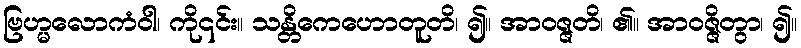
ဗြဟ္မလောကံဝါ၊ ကို၎င်း။ သန္တိကေဟောတူတိ၊ ၍။ အာဝဇ္ဇတိ၊ ၏။ အာဝဇ္ဇိတွာ၊ ၍။